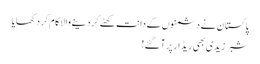
پاکستان نے دشمنوں کے دانت کھٹے کر دینے والا کام کر د کھایا
شبر زیدی بھی ریڈار پر آگئے!